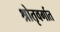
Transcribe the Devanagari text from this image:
श्रोतृवर्गात